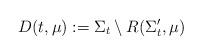
LaTeX: \begin{align*}D(t,\mu) := \Sigma_t\setminus R(\Sigma_t',\mu)\end{align*}